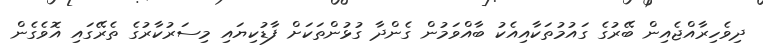
ދިވެހިރާއްޖެއިން ބޭރުގެ ގައުމުތަކާއިއެކު ބާއްވަމުން ގެންދާ ގުޅުންތަކަށް ފާޑުކިޔައި މިސަރުކާރުގެ ތެރޭގައި އޮވެގެން